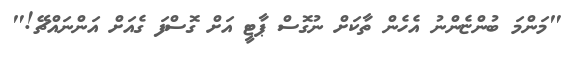
"މަންމަ ބުންޏެންނު އެހެން ތާކަށް ނުގޮސް ޕާޓީ އަށް ގޮސްފަ ގެއަށް އަންނައްޗޭ!"